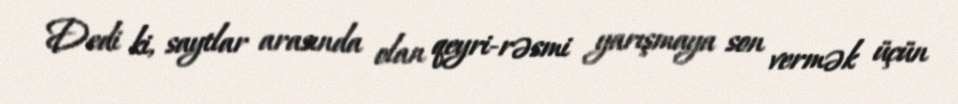
Dedi ki, saytlar arasında olan qeyri-rəsmi yarışmaya son vermək üçün